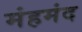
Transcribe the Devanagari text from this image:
मंहमंद